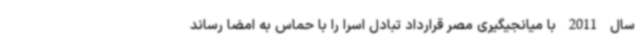
سال 2011 با میانجیگیری مصر قرارداد تبادل اسرا را با حماس به امضا رساند